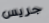
جريس